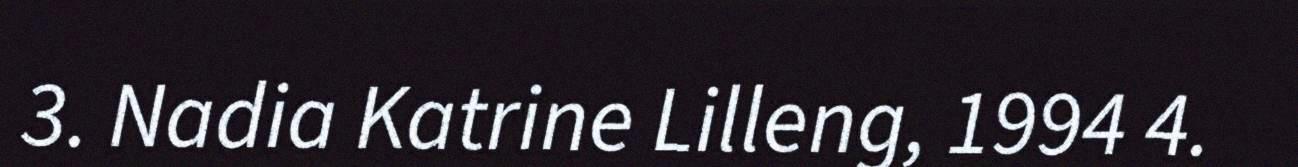
3. Nadia Katrine Lilleng, 1994 4.